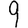
Digit: 9